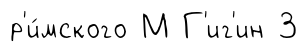
р'и́мского М Г'иг'ин 3